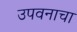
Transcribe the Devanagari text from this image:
उपवनाचा